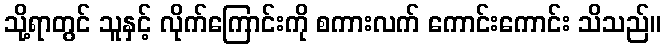
သို့ရာတွင် သူနှင့် လိုက်ကြောင်းကို စကားလက် ကောင်းကောင်း သိသည်။